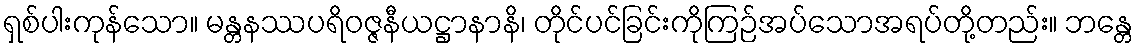
ရှစ်ပါးကုန်သော။ မန္တနဿပရိဝဇ္ဇနီယဋ္ဌာနာနိ၊ တိုင်ပင်ခြင်းကိုကြဉ်အပ်သောအရပ်တို့တည်း။ ဘန္တေ